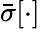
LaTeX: \bar{\sigma}[\cdot]